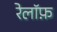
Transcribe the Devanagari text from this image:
रेलॉफ़